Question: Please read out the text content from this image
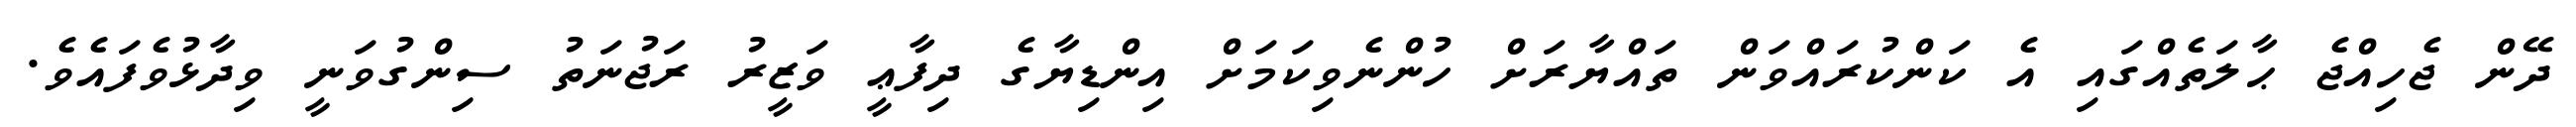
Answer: ދޭން ޖެހިއްޖެ ޙާލަތެއްގައި އެ ކަންކުރައްވަން ތައްޔާރަށް ހުންނެވިކަމަށް އިންޑިޔާގެ ދިފާޢީ ވަޒީރު ރަޖުނަތު ސިންގުވަނީ ވިދާޅުވެފައެވެ.